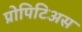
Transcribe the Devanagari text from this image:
प्रोपिटिअस